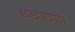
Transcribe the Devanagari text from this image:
शस्त्रास्त्राचा